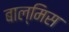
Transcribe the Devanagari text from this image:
बाल्मिस